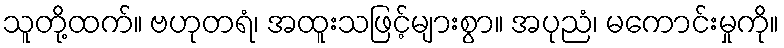
သူတို့ထက်။ ဗဟုတရံ၊ အထူးသဖြင့်များစွာ။ အပုညံ၊ မကောင်းမှုကို။